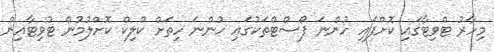
މިހާރު ޓްވިޓާގައި ކޮށްފައި ހުންނަ ޕޯސްޓްތަކުގައި ހުންނަ ހިތަށް ކްލިކް ކޮށްލުމުން ޓުވިޓާއިން